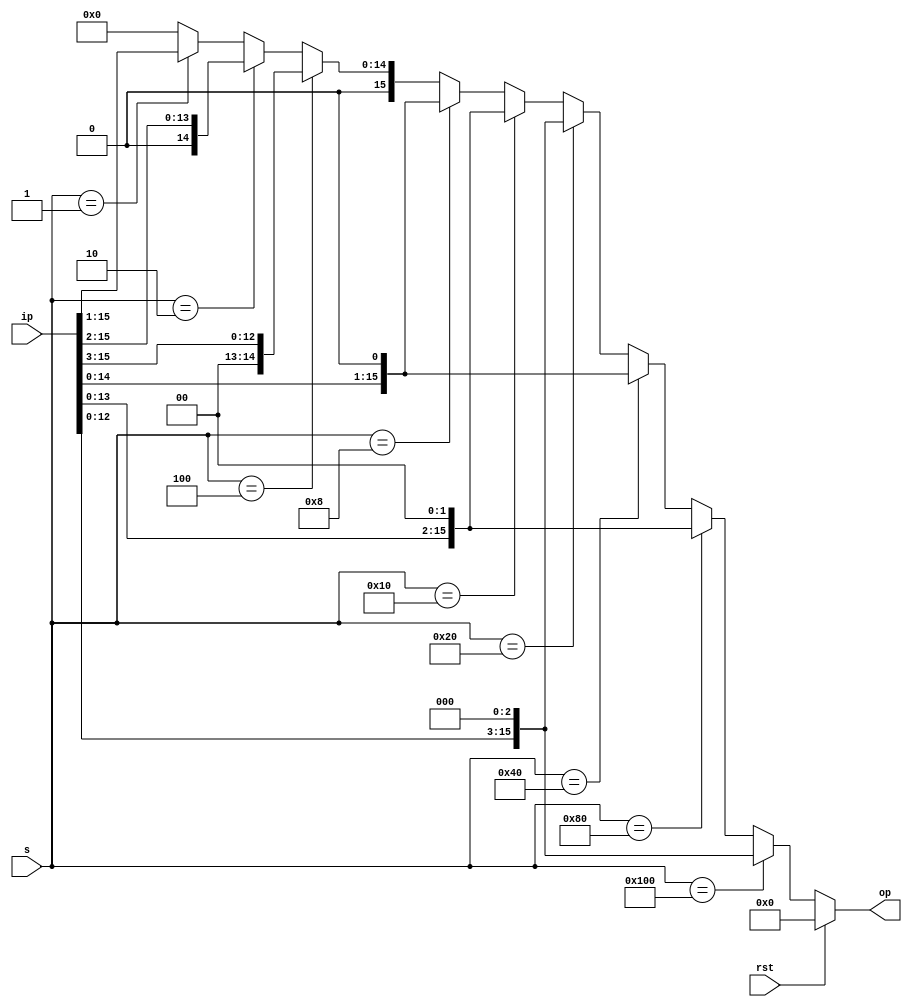
module barrel_shifter (ip,s,op,rst);

  input [15:0] ip;
  input [8:0] s;
  input rst;
  output [15:0] op;
  reg [15:0] sd;
  
  //Always.
  always @(s or rst)
    begin
      if (rst)
        sd <= 16'd0;
      else if (s==9'd256)
        sd <= (ip <<< 3);
      else if (s==9'd128)
	sd <= (ip <<< 2);
      else if (s==9'd64)
	sd <= (ip <<< 1);
      else if (s==9'd32)
	sd <= (ip << 3);
      else if (s==9'd16)
	sd <= (ip << 2);
      else if (s==9'd8)
	sd <= (ip << 1);
      else if (s==9'd4)
	sd <= (ip >> 3);
      else if (s==9'd2)
	sd <= (ip >> 2);
      else if (s==9'd1)
	sd <= (ip >> 1);
      else 
	sd <= 16'd0;
    end 

  assign op = sd;

endmodule